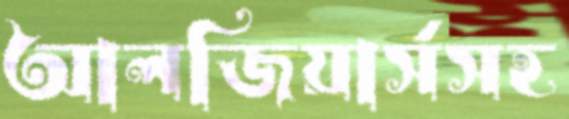
আলজিয়ার্সসহ